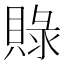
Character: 𮚓